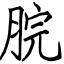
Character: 脘